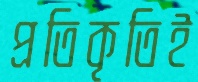
প্রতিকৃতিই